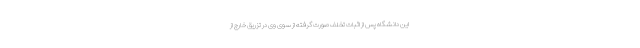
این دانشگاه پس از اثبات تخلف صورت گرفته از سوی وی در تزریق خارج از